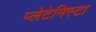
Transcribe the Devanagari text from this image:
प्‍लेटेनिस्‍टा